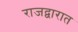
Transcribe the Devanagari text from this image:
राजद्वारात